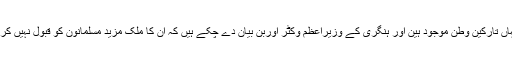
جہاں تارکین وطن موجود ہین اور ہنگری کے وزیراعظم وکٹر اوربن بیان دے چکے ہیں کہ ان کا ملک مزید مسلمانون کو قبول نہیں کرگا۔